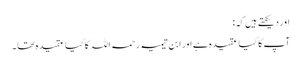
اور دیکھتے ہیں کہ:
آپ کا کیا عقیدہ ہے اور ابن تیمیہ رحمہ اللہ کا کیا عقیدہ تھا ۔